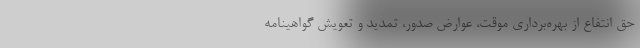
حق انتفاع از بهره‌برداری موقت، عوارض صدور، تمدید و تعویش گواهینامه